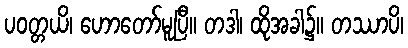
ပဝတ္တယိ၊ ဟောတော်မူပြီ။ တဒါ၊ ထိုအခါ၌။ တဿာပိ၊